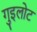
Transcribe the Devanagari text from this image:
गुइलोट